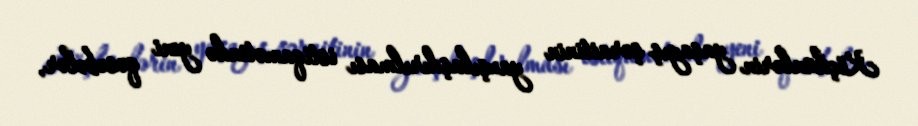
Köçkünlərin yaşayış şəraitinin yaxşılaşdırılması istiqamətində yeni qəsəbələr,